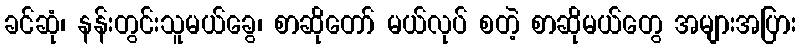
ခင်ဆုံ၊ နန်းတွင်းသူမယ်ခွေ၊ စာဆိုတော် မယ်လုပ် စတဲ့ စာဆိုမယ်တွေ အများအပြား